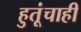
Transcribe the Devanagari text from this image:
हुतूंचाही